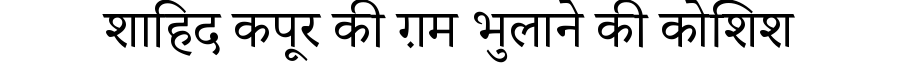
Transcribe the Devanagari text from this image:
शाहिद कपूर की ग़म भुलाने की कोशिश